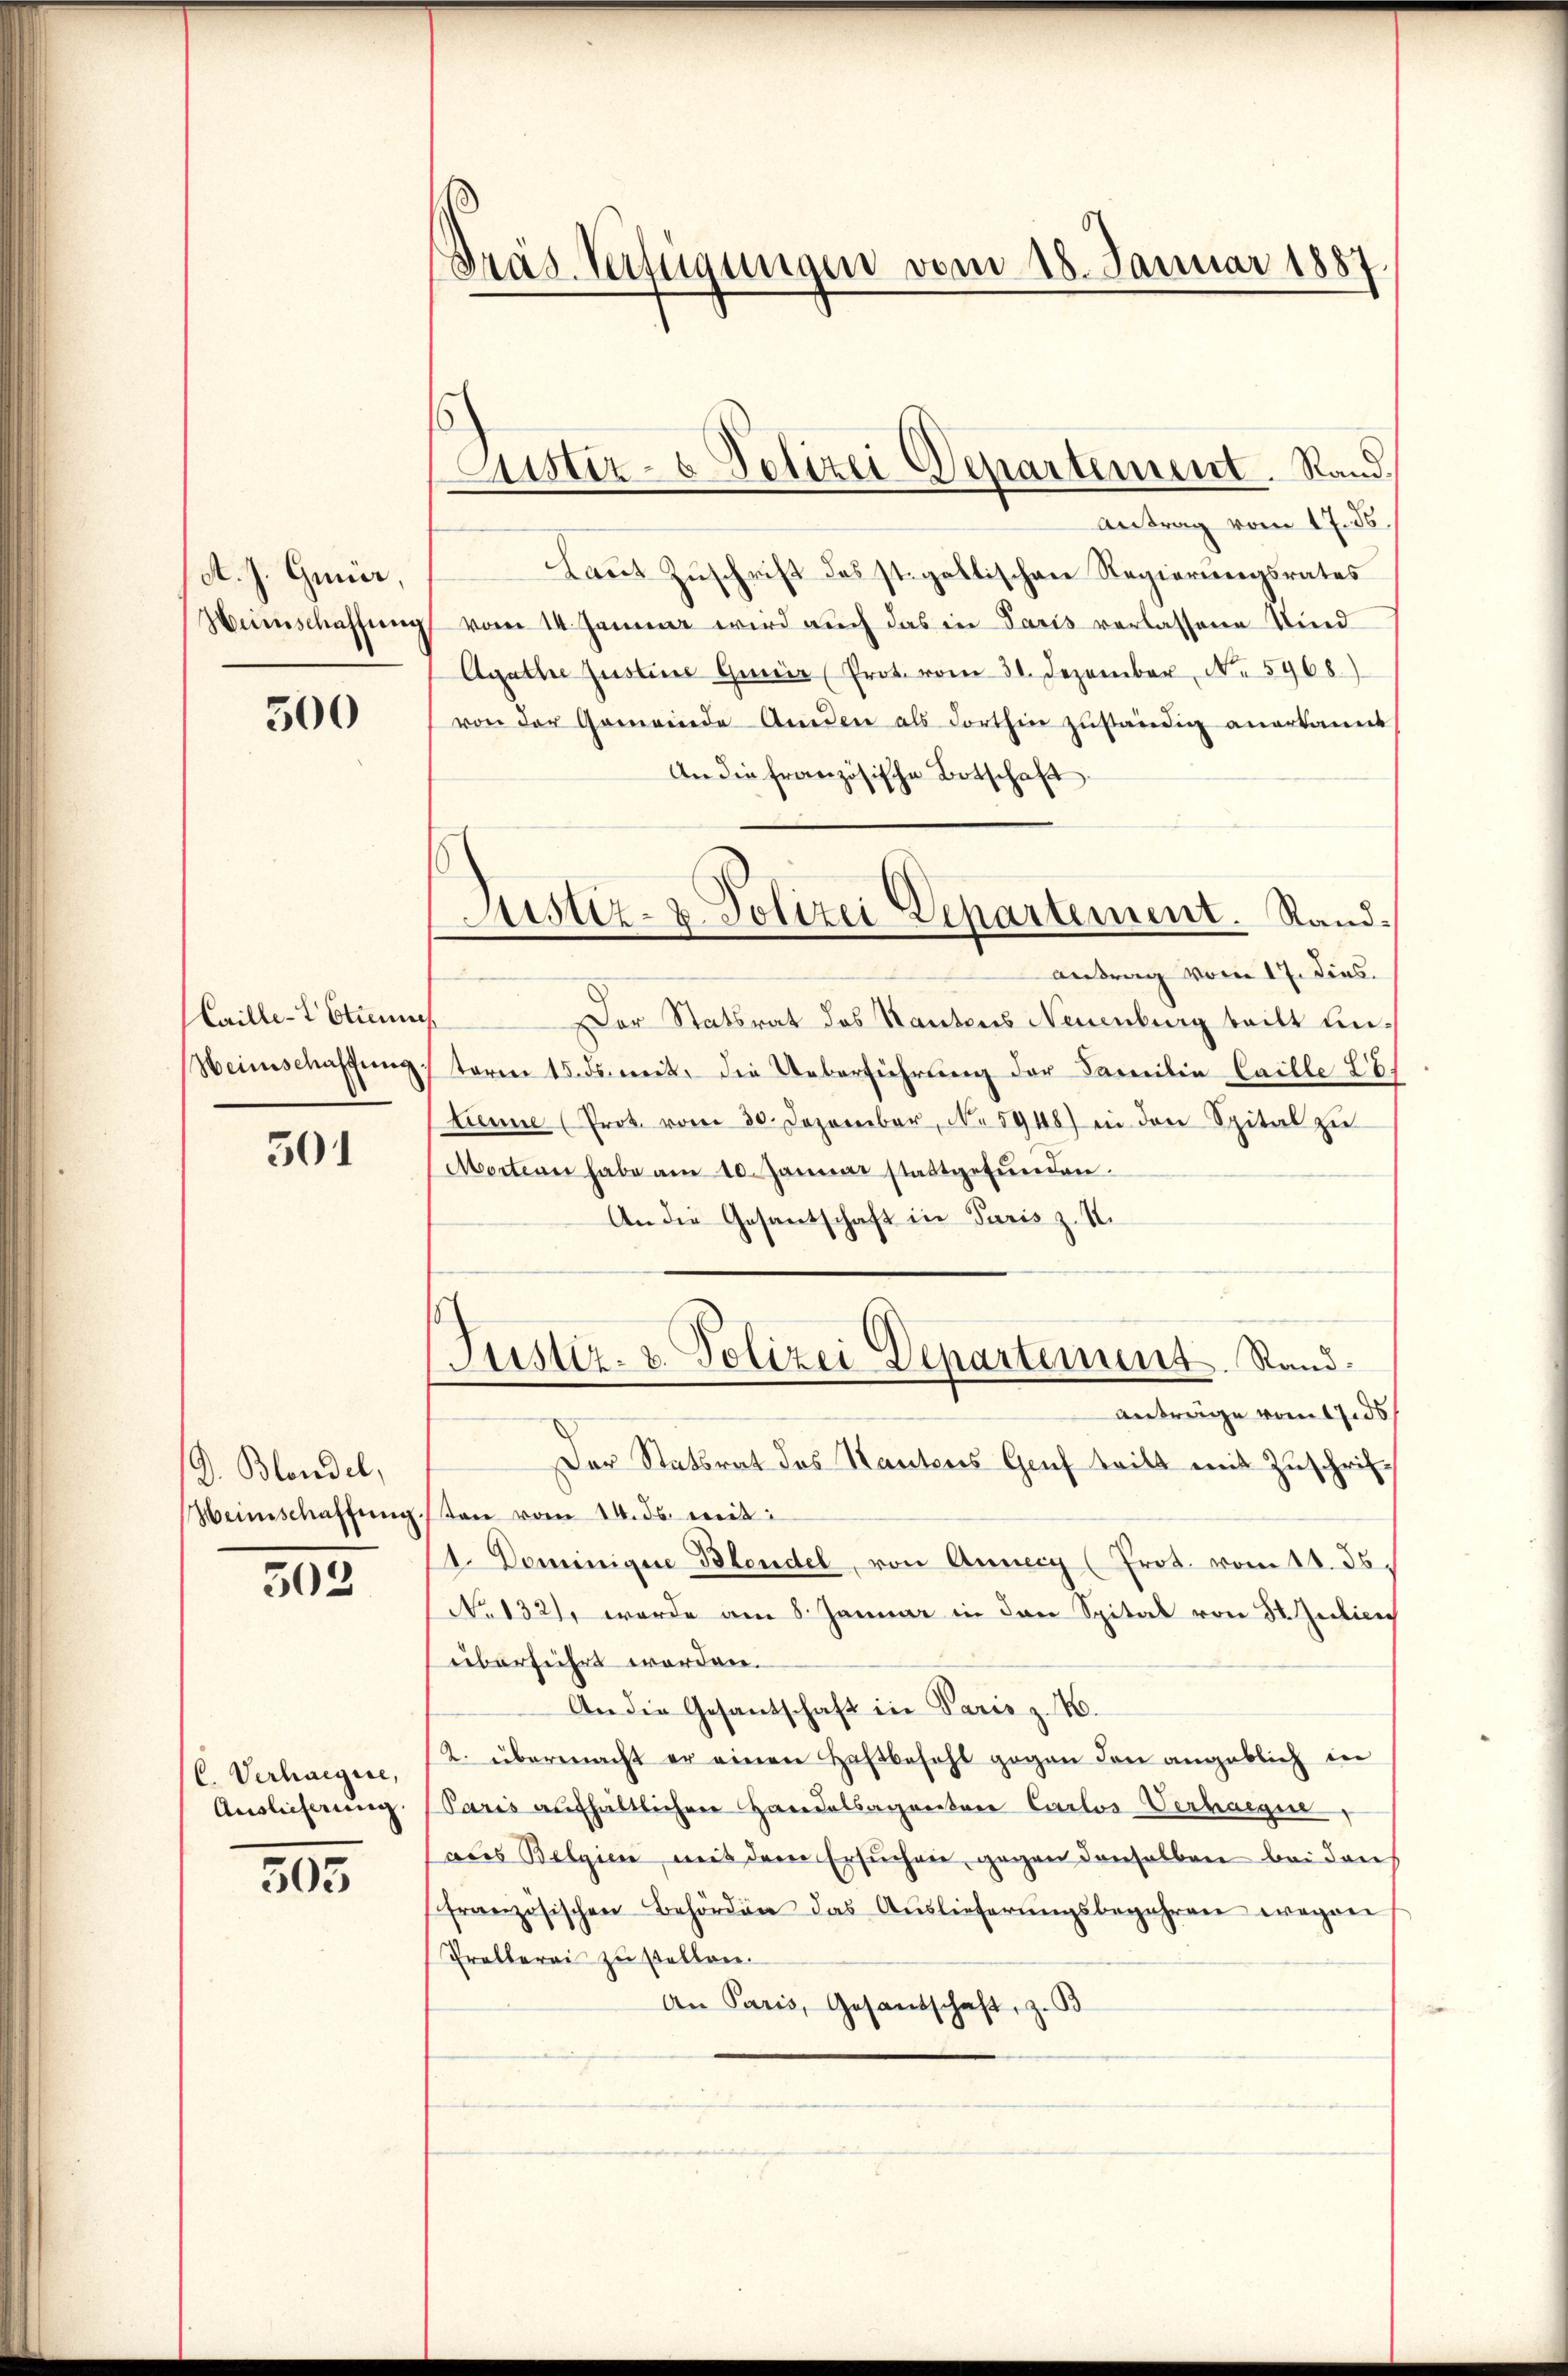
A. J. Gmür,
Heimschaffung

500

Caillet Strenne
Heinschaffung

301

D. Blandel,
Heimschaffŭng

303

C. Verhaegere,
Auslicherung.

503

Dräs. Verfügungen vom 18. Januar 1887.

Justiz- & Polizei Departement. Stand.

Antrag vom 17. ds.
Laut Zuschrift das st. galtischen Regierungsrates
vom 14. Januar wird auch das in Paris verlassene Kind
Agathe Justine Gmür (Prot. vom 31. Dezember, No 5968)
von der Gemeinde Anden als Forthin zŭständig anerkannt
An die französische Botschaft
antrag vom 17. Dies
.
Der Statsrat des Kantons Neuenburg teilt unteren 15. ds. mit die Ueberführung der Familie Caille 28.
tienne (Prot. vom 30. Dezember, No 5948) in den Spital zŭ
Morten habe am 10. Januar stattgefunden.
An die Gesantschaft in Paris z. S.
Justiz- & Polizei Departement. Rand.
Antrage vom 12 ds
Der Statsrat des Kantons Genf teilt mit Zuschrifton vom 14. ds. weit
1. Dominigen Blendel, von Anneey (Prot. vom 11. 35.
No 132), wurde am 8. Januar in den Spital von 3 Judice
überführt worden.
An die Gesantschaft in Paris z. B.
2. übermacht er einen Haftbefehl gegen den angeblich in
Paris aufhältlichen Handelsagrectore Carlos Verhaeger
aus Belgien, mit dem Ersuchen, gegen denselben bei den
französischen Behörden das Aŭslieferŭngsbegehren wegen
Prellerei zu stellen.
An Paris, Gesandschaft, z. B.

Justiz- & Polizei Departement. Rand¬